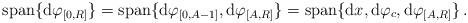
LaTeX: \begin{align*}\mathrm{span}\{\mathrm{d}\varphi_{[0,R]}\}=\mathrm{span}\{\mathrm{d}\varphi_{[0,A-1]},\mathrm{d}\varphi_{[A,R]}\}=\mathrm{span}\{\mathrm{d}x,\mathrm{d}\varphi_{c},\mathrm{d}\varphi_{[A,R]}\}\,.\end{align*}